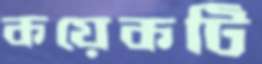
কয়েকটি